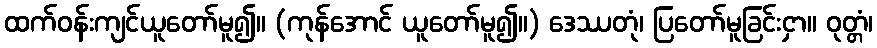
ထက်ဝန်းကျင်ယူတော်မူ၍။ (ကုန်အောင် ယူတော်မူ၍။) ဒေဿတုံ၊ ပြတော်မူခြင်းငှာ။ ဝုတ္တံ၊